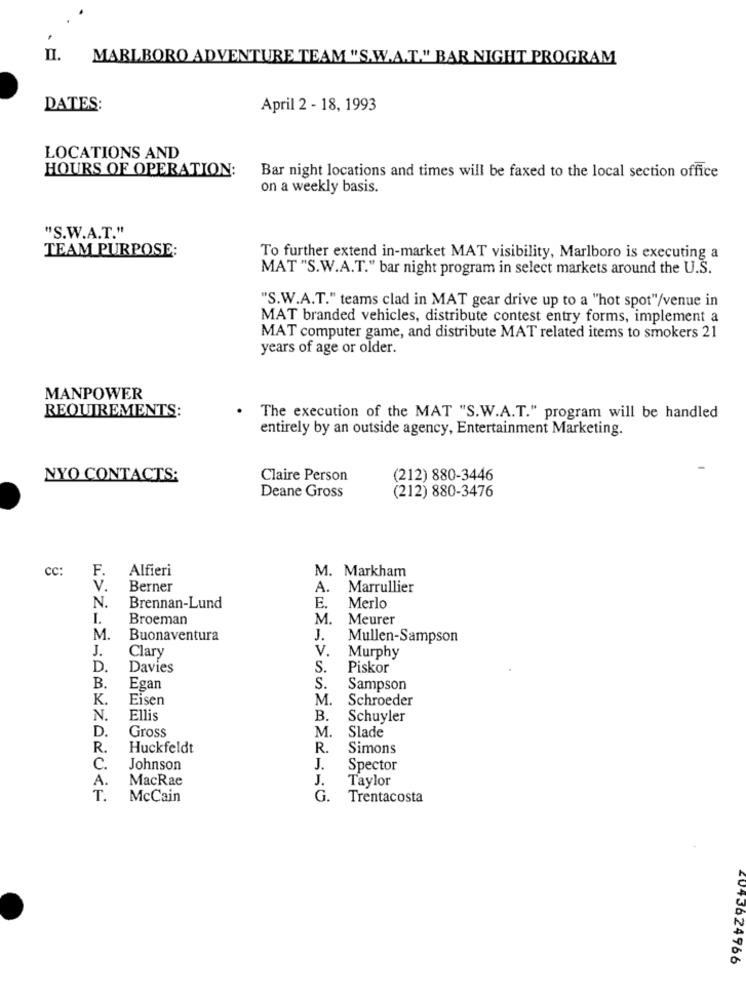
II.
MARLBORO ADVENTURE TEAM "S.W.A.T." BAR NIGHT PROGRAM
DATES:
April 2 - 18, 1993
LOCATIONS AND
HOURS OF OPERATION:
Bar night locations and times will be faxed to the local section office
on a weekly basis.
"S.W.A.T."
TEAM PURPOSE:
To further extend in-market MAT visibility, Marlboro is executing a
MAT "S. W.A.T." bar night program in select markets around the U.S.
"S.W.A.T." teams clad in MAT gear drive up to a "hot spot"/venue in
MAT branded vehicles, distribute contest entry forms, implement a
MAT computer game, and distribute MAT related items to smokers 21
years of age or older.
MANPOWER
REQUIREMENTS:
The execution of the MAT "S.W.A.T." program will be handled
entirely by an outside agency, Entertainment Marketing.
NYO CONTACTS:
Claire Person
(212) 880-3446
Deane Gross
(212) 880-3476
cc:
F.
Alfieri
M. Markham
V.
Berner
A. Marrullier
N.
Brennan-Lund
E.
Merlo
I.
Broeman
M. Meurer
M.
Buonaventura
J.
Mullen-Sampson
J.
Clary
V.
Murphy
D.
Davies
S.
Piskor
B.
Egan
S.
Sampson
K.
Eisen
M.
Schroeder
N.
Ellis
B.
Schuyler
D.
Gross
Slade
M.
R.
Huckfeldt
R.
Simons
C.
Johnson
J.
Spector
A.
MacRae
J.
Taylor
T.
McCain
G.
Trentacosta
4043624966